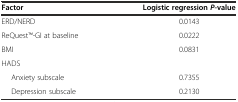
<table><thead><tr><td><b>Factor</b></td><td><b>Logistic regression <i>P</i>-value</b></td></tr></thead><tbody><tr><td>ERD/NERD</td><td>0.0143</td></tr><tr><td>ReQuestTM-GI at baseline</td><td>0.0222</td></tr><tr><td>BMI</td><td>0.0831</td></tr><tr><td>HADS</td><td>[EMPTY_CELL]</td></tr><tr><td>Anxiety subscale</td><td>0.7355</td></tr><tr><td>Depression subscale</td><td>0.2130</td></tr></tbody></table>